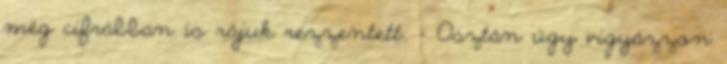
még cifrábban is rájuk rezzentett. - Osztán úgy vigyázzon